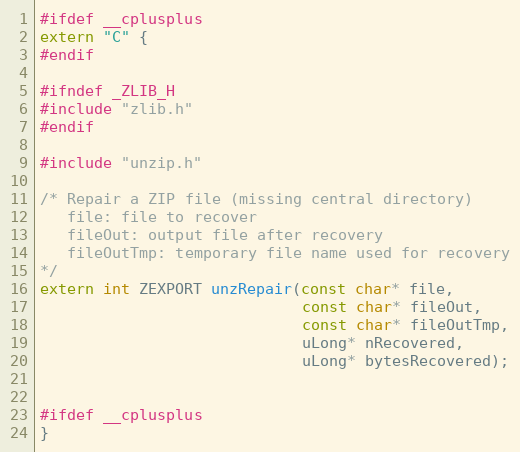
Language: C
#ifdef __cplusplus
extern "C" {
#endif

#ifndef _ZLIB_H
#include "zlib.h"
#endif

#include "unzip.h"

/* Repair a ZIP file (missing central directory)
   file: file to recover
   fileOut: output file after recovery
   fileOutTmp: temporary file name used for recovery
*/
extern int ZEXPORT unzRepair(const char* file,
                             const char* fileOut,
                             const char* fileOutTmp,
                             uLong* nRecovered,
                             uLong* bytesRecovered);

#ifdef __cplusplus
}